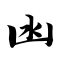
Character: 凼